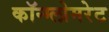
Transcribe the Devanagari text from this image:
कॉन्ग्लोमरेट